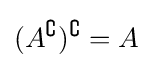
(A^{\complement })^{\complement }=A